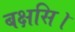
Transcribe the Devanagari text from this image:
बक्षसि।